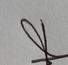
Signature authenticity: genuine